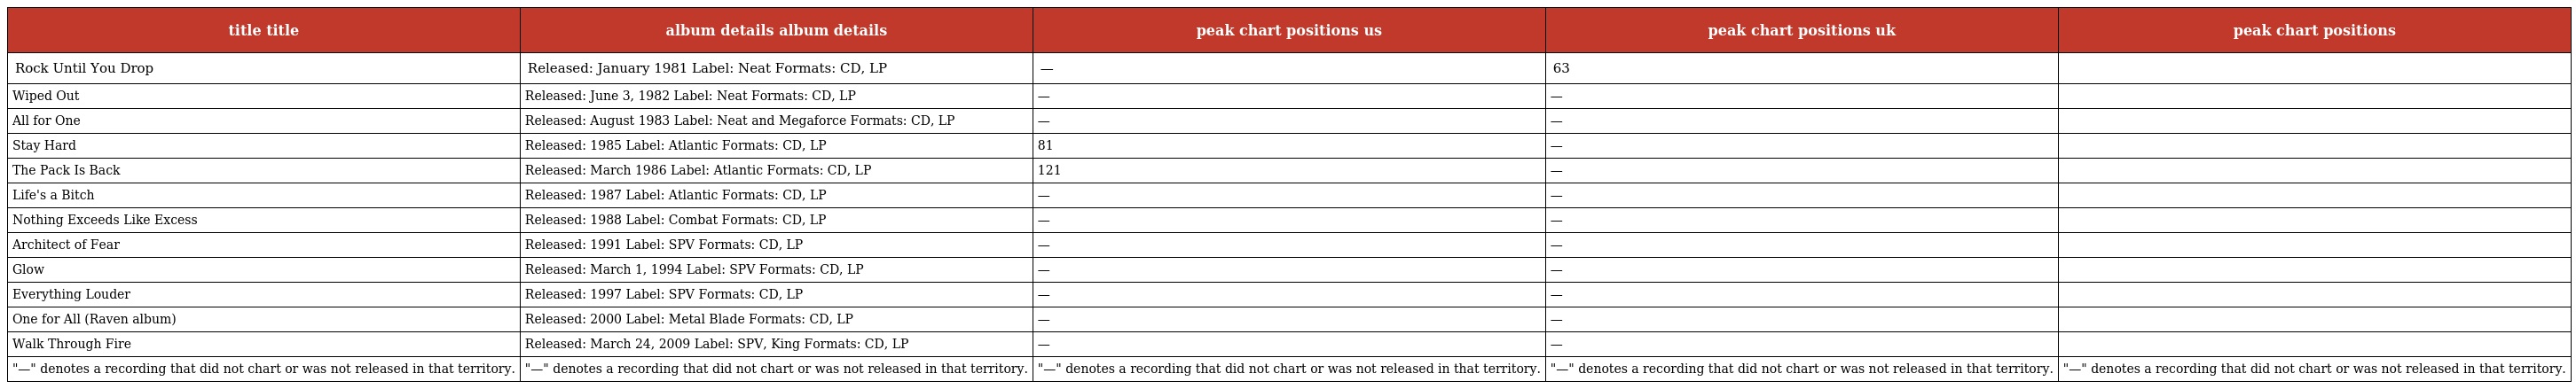
| title title | album details album details | peak chart positions us | peak chart positions uk | peak chart positions |
 | --- | --- | --- | --- | --- |
 | Rock Until You Drop | Released: January 1981 Label: Neat Formats: CD, LP | — | 63 |  |
 | Wiped Out | Released: June 3, 1982 Label: Neat Formats: CD, LP | — | — |  |
 | All for One | Released: August 1983 Label: Neat and Megaforce Formats: CD, LP | — | — |  |
 | Stay Hard | Released: 1985 Label: Atlantic Formats: CD, LP | 81 | — |  |
 | The Pack Is Back | Released: March 1986 Label: Atlantic Formats: CD, LP | 121 | — |  |
 | Life's a Bitch | Released: 1987 Label: Atlantic Formats: CD, LP | — | — |  |
 | Nothing Exceeds Like Excess | Released: 1988 Label: Combat Formats: CD, LP | — | — |  |
 | Architect of Fear | Released: 1991 Label: SPV Formats: CD, LP | — | — |  |
 | Glow | Released: March 1, 1994 Label: SPV Formats: CD, LP | — | — |  |
 | Everything Louder | Released: 1997 Label: SPV Formats: CD, LP | — | — |  |
 | One for All (Raven album) | Released: 2000 Label: Metal Blade Formats: CD, LP | — | — |  |
 | Walk Through Fire | Released: March 24, 2009 Label: SPV, King Formats: CD, LP | — | — |  |
 | "—" denotes a recording that did not chart or was not released in that territory. | "—" denotes a recording that did not chart or was not released in that territory. | "—" denotes a recording that did not chart or was not released in that territory. | "—" denotes a recording that did not chart or was not released in that territory. | "—" denotes a recording that did not chart or was not released in that territory. |